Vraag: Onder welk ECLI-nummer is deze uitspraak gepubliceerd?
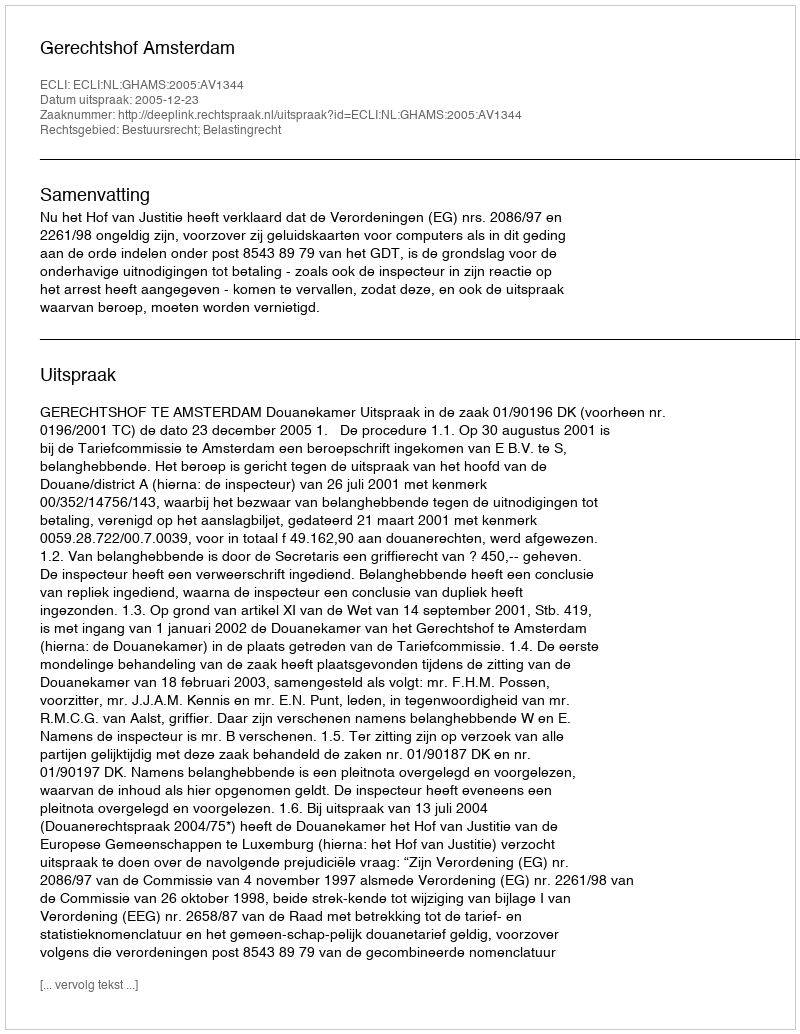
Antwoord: ECLI:NL:GHAMS:2005:AV1344